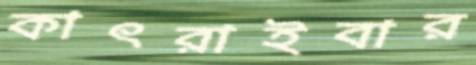
কাৎরাইবার